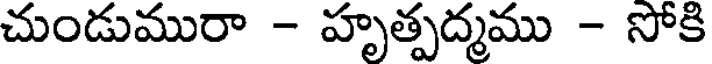
చుండుమురా - హృత్పద్మము - సోకి